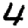
Digit: 4